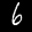
Label: 6